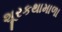
શૂરકથામાળા